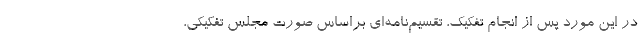
در این مورد پس از انجام تفکیک، تقسیم‌نامه‌ای براساس صورت مجلس تفکیکی،